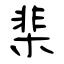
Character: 棐